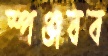
স্পঞ্জবব